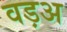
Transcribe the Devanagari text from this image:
वड़अ